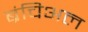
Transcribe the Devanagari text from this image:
ब्रंचिअल